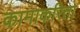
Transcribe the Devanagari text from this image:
कामाकरिता